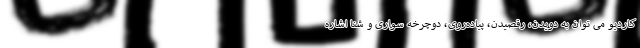
کاردیو می توان به دویدن، رقصیدن، پیاده‌روی، دوچرخه سواری و شنا اشاره